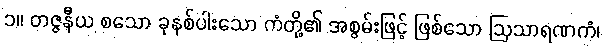
၁။ တဇ္ဇနီယ စသော ခုနစ်ပါးသော ကံတို့၏ အစွမ်းဖြင့် ဖြစ်သော ဩသာရဏကံ၊